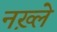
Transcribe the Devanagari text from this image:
नख़्ले